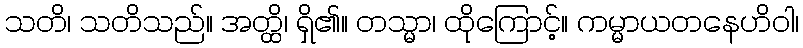
သတိ၊ သတိသည်။ အတ္ထိ၊ ရှိ၏။ တသ္မာ၊ ထိုကြောင့်။ ကမ္မာယတနေဟိဝါ၊